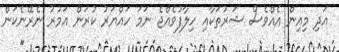
އަދި މިއިން އެއްވެސް ޝަރުތަކާއި ހިލާފުވެއްޖެ ނަމަ ހައްޔަރު ކުރަން އަމުރު ނެރޭނެކަން